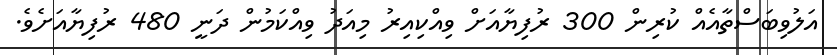
އަލުވިބަސްތާއެއް ކުރިން 300 ރުފިޔާއަށް ވިއްކިއިރު މިއަދު ވިއްކަމުން ދަނީ 480 ރުފިޔާއަށެވެ.